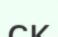
ск